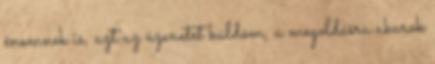
énemnek is, azt az üzenetet küldöm, a megoldásra akarok